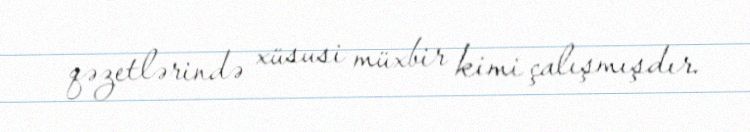
qəzetlərində xüsusi müxbir kimi çalışmışdır.